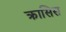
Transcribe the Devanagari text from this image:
क्रासिस